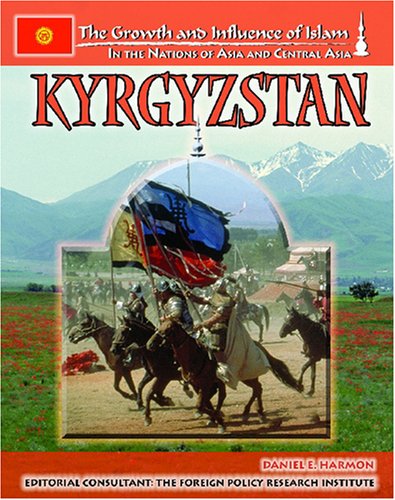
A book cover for Kyrgyzstan (The Growth and Influence of Islam in the Nations of Asia and Central Asia); Daniel E. Harmon; Teen & Young Adult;